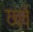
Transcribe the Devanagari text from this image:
छावें